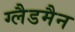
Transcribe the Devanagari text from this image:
ग्लैडमैन